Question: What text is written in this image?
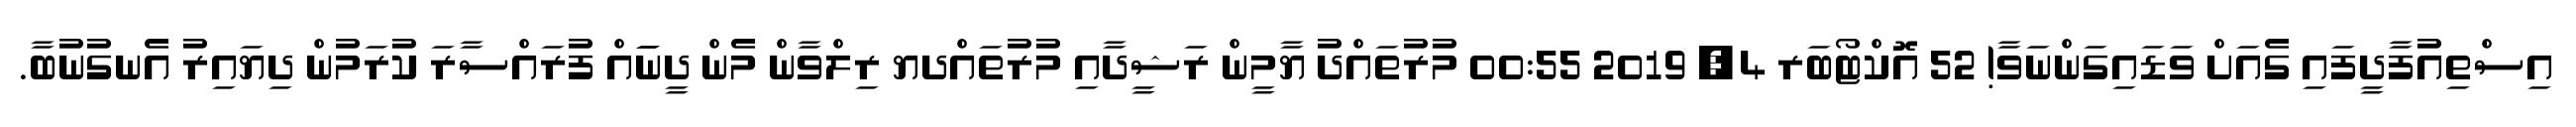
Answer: އިސްތިއުފާދީފައި ގެއަށް ވަޑައިގަންނަވާ! 52 އޮކްޓޯބަރ 4, 2019 00:55 މުރުތައްދު ޔާމީން ރަޝީދާއި މުރުތައްދޔ ރިލްވާން މެން ދީނަައް ފުރައްސާރަ ކުރަމުން ދިޔައިރު އެނގުނުބާ.